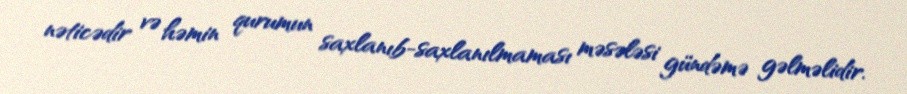
nəticədir və həmin qurumun saxlanıb-saxlanılmaması məsələsi gündəmə gəlməlidir.